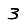
Digit: 3